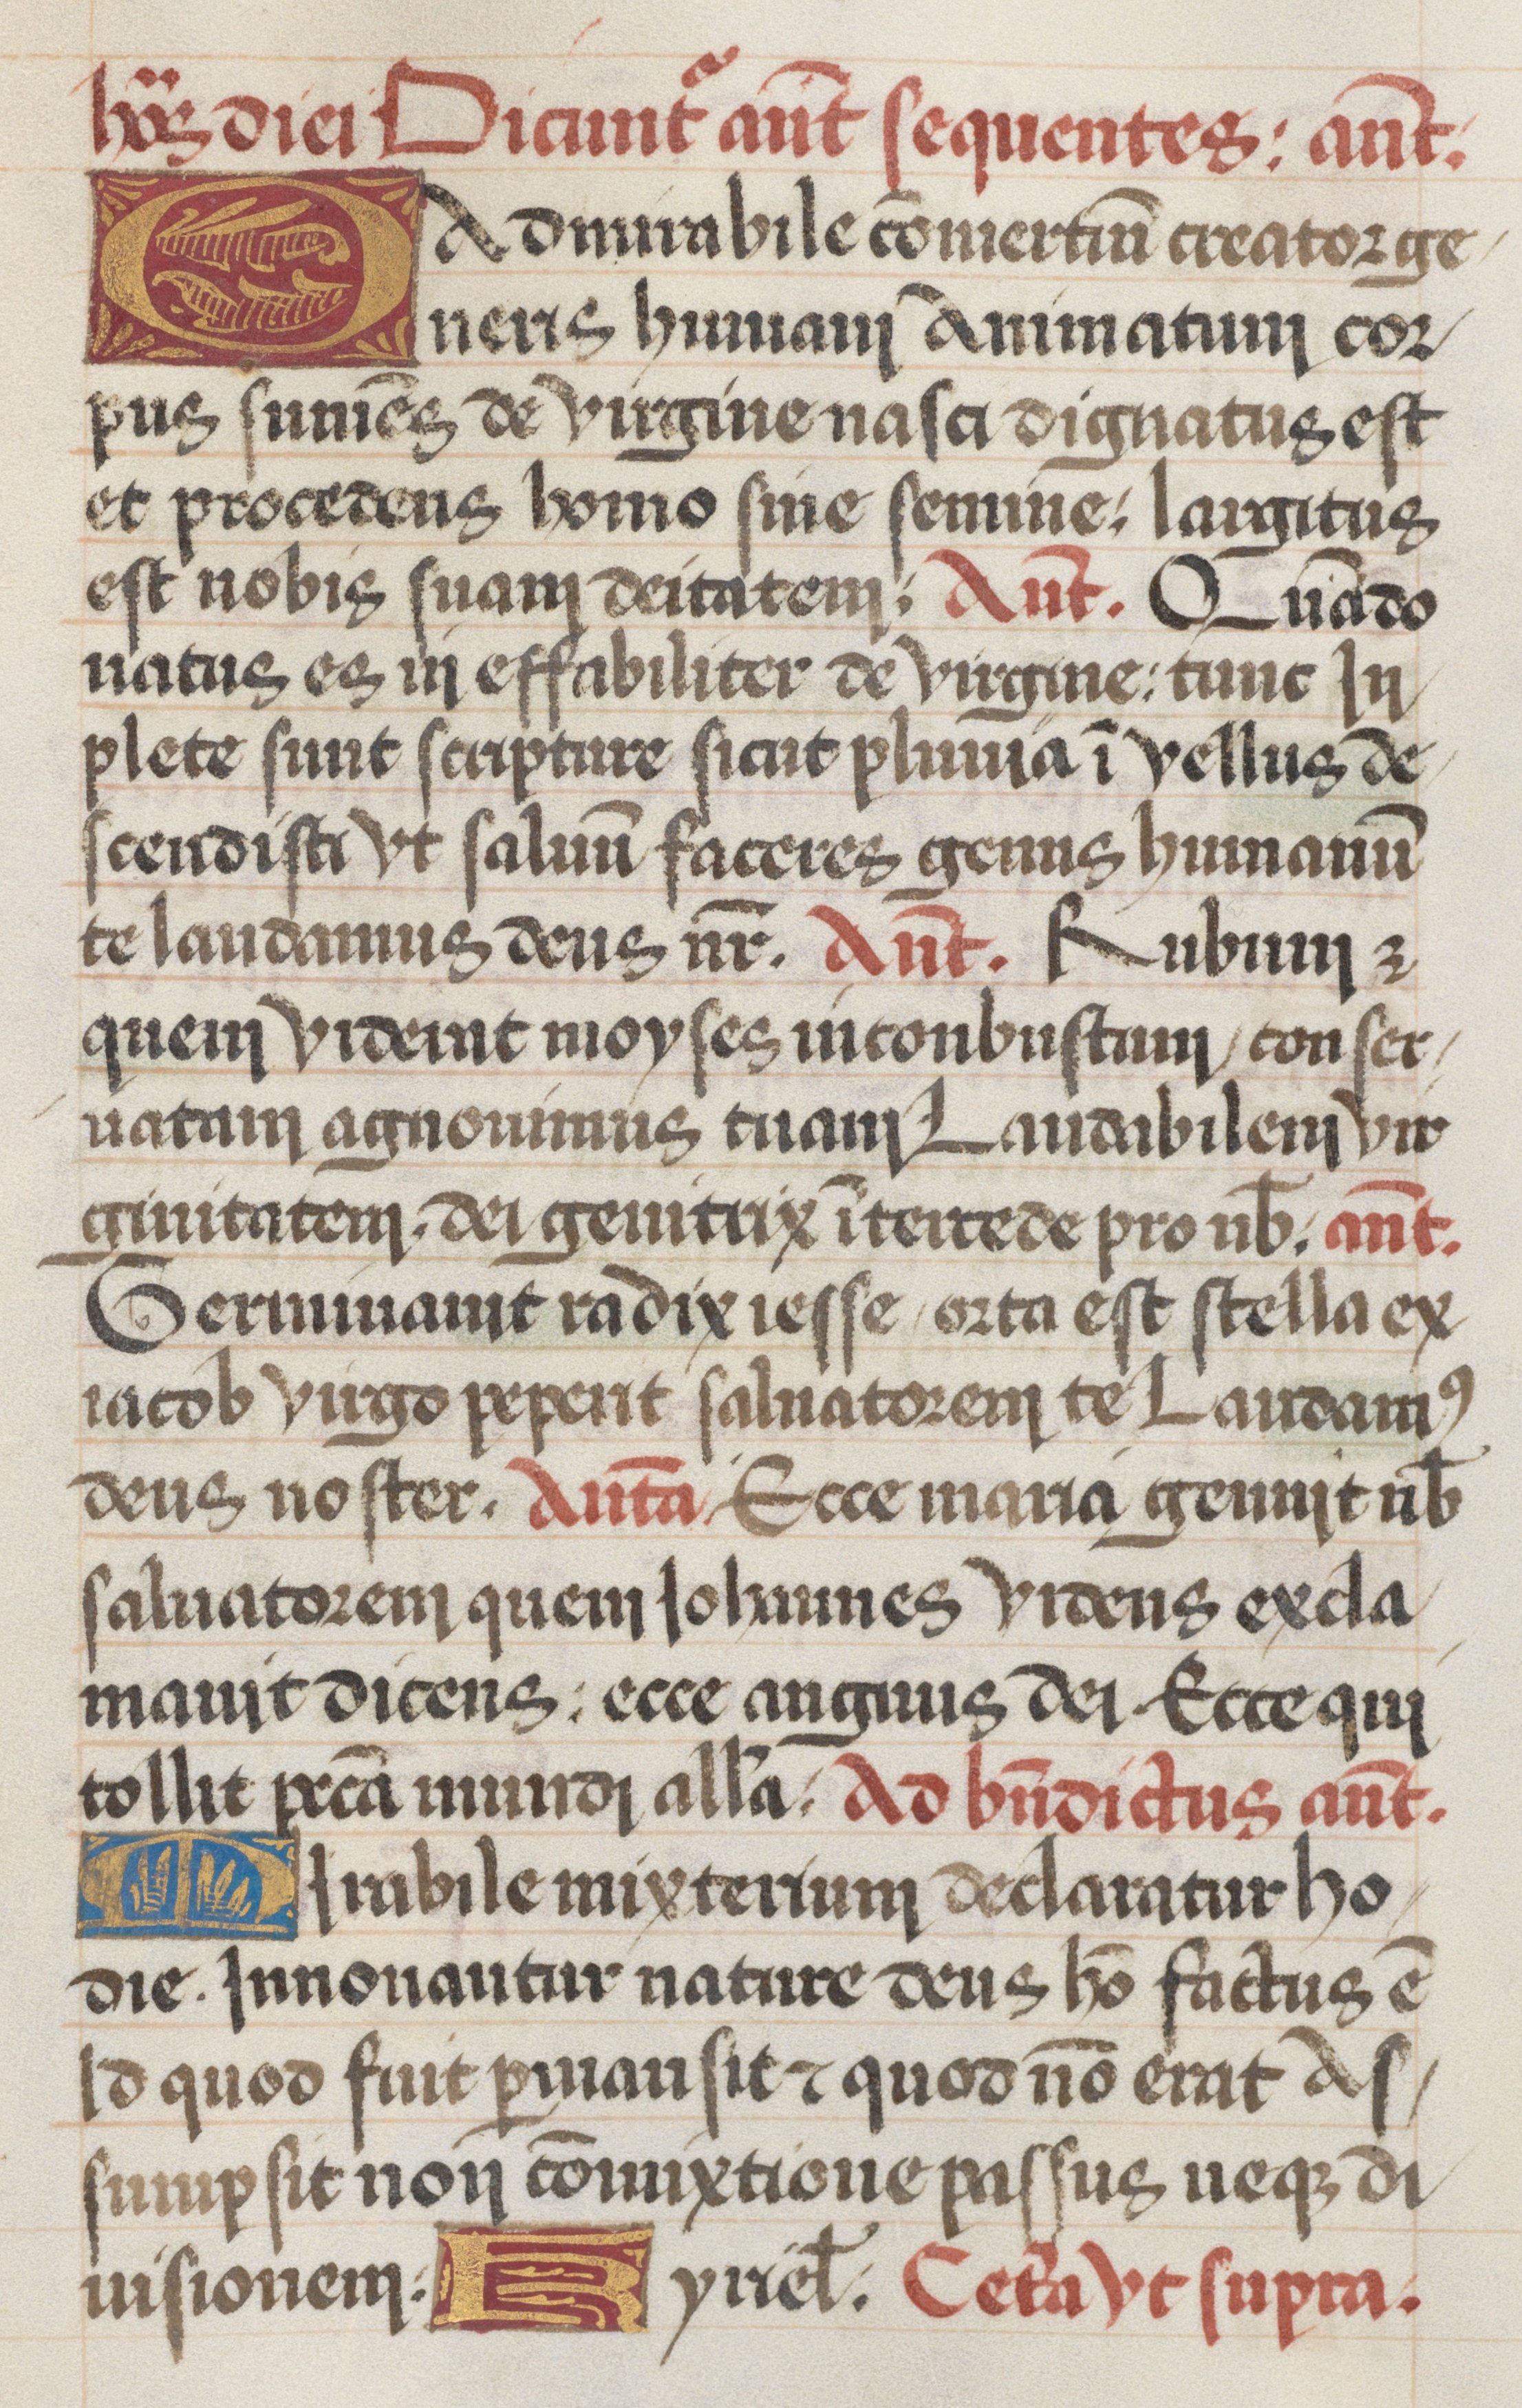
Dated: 1485–1515